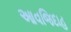
આવજિદાહ